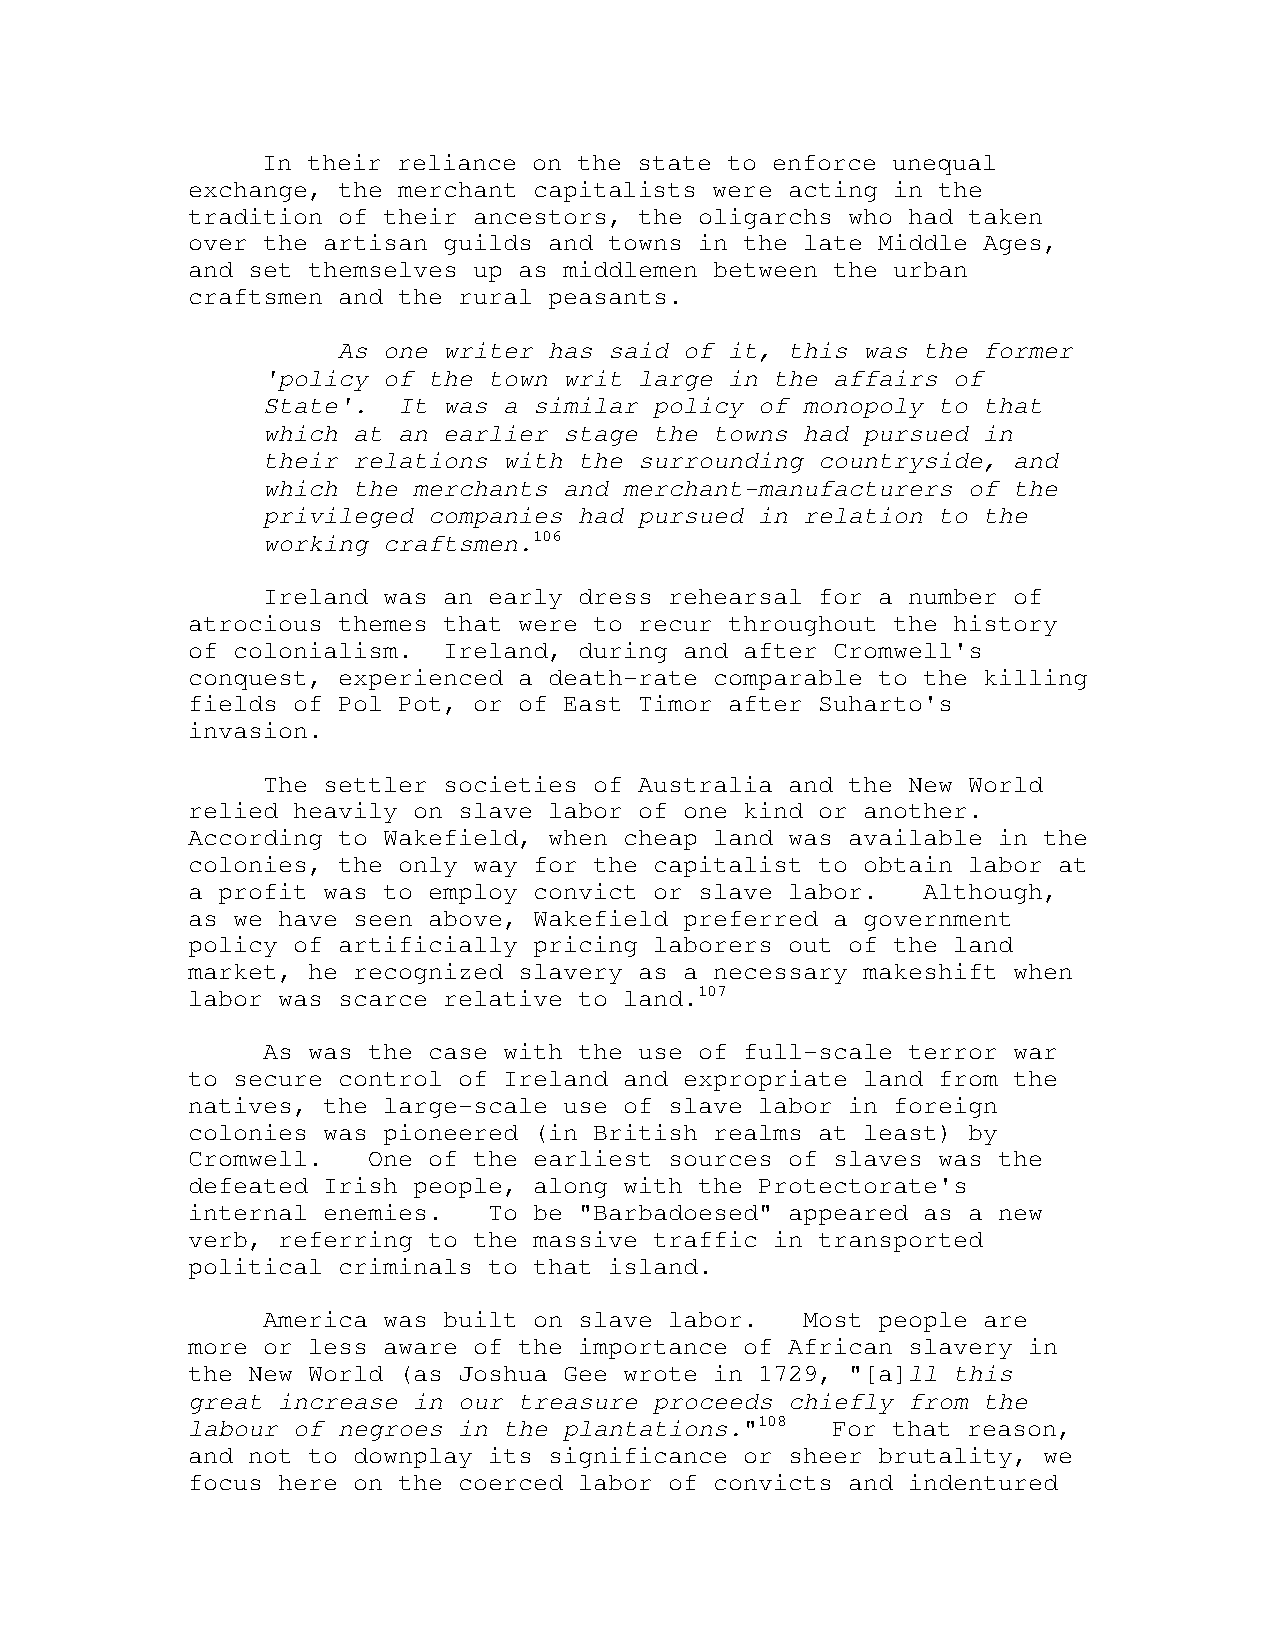
In their reliance on the state to enforce unequal
 exchange, the merchant capitalists were acting in the
 tradition of their ancestors, the oligarchs who had taken
 over the artisan guilds and towns in the late Middle Ages,
 and set themselves up as middlemen between the urban
 craftsmen and the rural peasants.
 As one writer has said of it, this was the former
 'policy of the town writ large in the affairs of
 State'.  It was a similar policy of monopoly to that
 which at an earlier stage the towns had pursued in
 their relations with the surrounding countryside, and
 which the merchants and merchant-manufacturers of the
 privileged companies had pursued in relation to the
 working craftsmen.106
 Ireland was an early dress rehearsal for a number of
 atrocious themes that were to recur throughout the history
 of colonialism.  Ireland, during and after Cromwell's
 conquest, experienced a death-rate comparable to the killing
 fields of Pol Pot, or of East Timor after Suharto's
 invasion.
 The settler societies of Australia and the New World
 relied heavily on slave labor of one kind or another.
 According to Wakefield, when cheap land was available in the
 colonies, the only way for the capitalist to obtain labor at
 a profit was to employ convict or slave labor.   Although,
 as we have seen above, Wakefield preferred a government
 policy of artificially pricing laborers out of the land
 market, he recognized slavery as a necessary makeshift when
 labor was scarce relative to land.107
 As was the case with the use of full-scale terror war
 to secure control of Ireland and expropriate land from the
 natives, the large-scale use of slave labor in foreign
 colonies was pioneered (in British realms at least) by
 Cromwell.   One of the earliest sources of slaves was the
 defeated Irish people, along with the Protectorate's
 internal enemies.   To be "Barbadoesed" appeared as a new
 verb, referring to the massive traffic in transported
 political criminals to that island.
 America was built on slave labor.   Most people are
 more or less aware of the importance of African slavery in
 the New World (as Joshua Gee wrote in 1729, "[a]ll this
 great increase in our treasure proceeds chiefly from the
 labour of negroes in the plantations."108  For that reason,
 and not to downplay its significance or sheer brutality, we
 focus here on the coerced labor of convicts and indentured